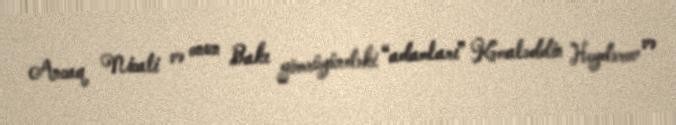
Ancaq Nicati və onun Bakı gömrüyündəki “adamları” Kəmaləddin Heydərov və